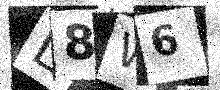
Text: L8W6